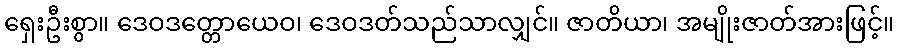
ရှေးဦးစွာ။ ဒေဝဒတ္တောယေဝ၊ ဒေဝဒတ်သည်သာလျှင်။ ဇာတိယာ၊ အမျိုးဇာတ်အားဖြင့်။